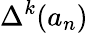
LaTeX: \Delta^{k}(a_{n})